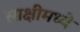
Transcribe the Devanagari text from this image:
साक्षीमध्ये